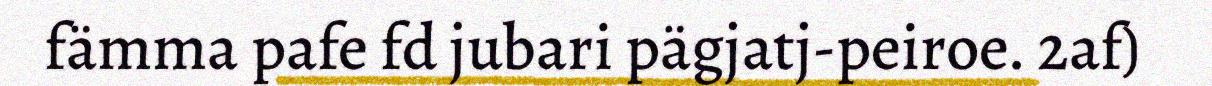
fämma pafe fd jubari pägjatj-peiroe. 2af)